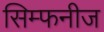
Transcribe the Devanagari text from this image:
सिम्फनीज